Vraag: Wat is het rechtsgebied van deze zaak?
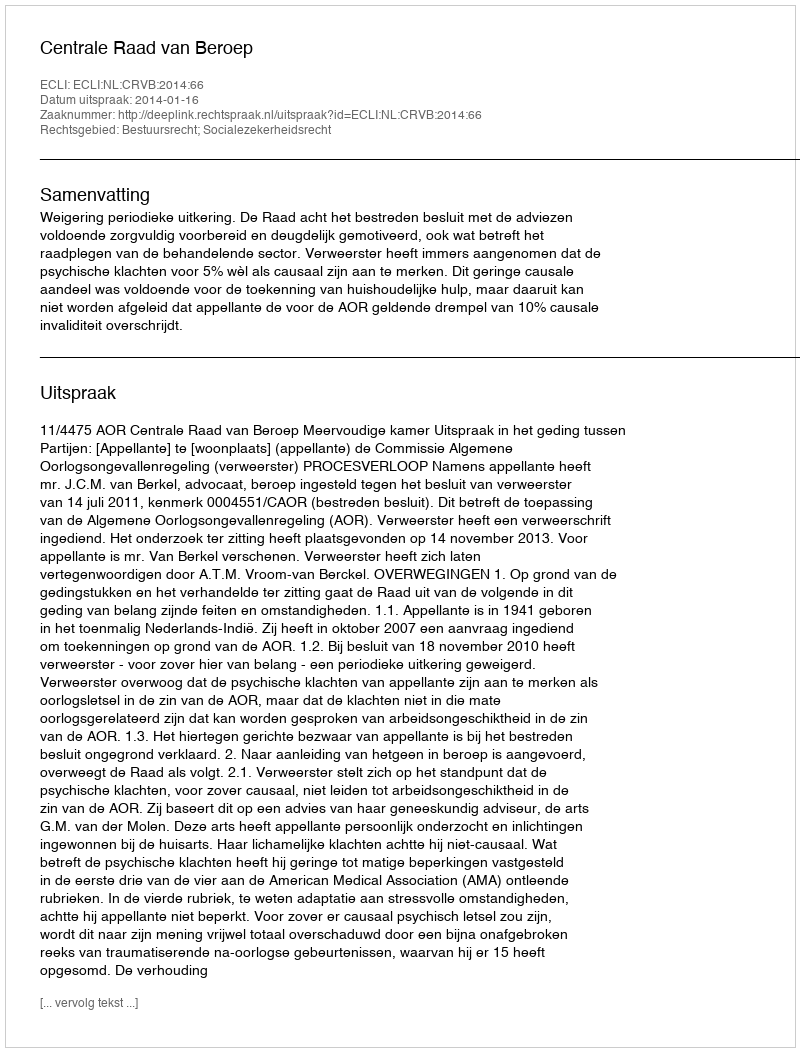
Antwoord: Bestuursrecht; Socialezekerheidsrecht